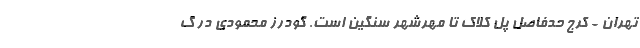
تهران - کرج حدفاصل پل کلاک تا مهرشهر سنگین است. گودرز محمودی در گ